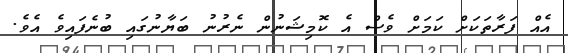
އެއް ފަރާތަކަށް ކަމަށް ވެސް އެ ކޮމިޝަނުން ނެރުނު ބަޔާނުގައި ބުނެފައިވެ އެވެ.